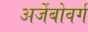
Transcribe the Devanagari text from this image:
अर्जेबोवर्ग